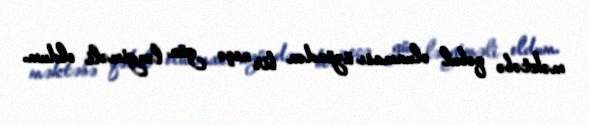
məktəbə qəbul olunması üzündən bir neçə gün ləngiməli oldum.